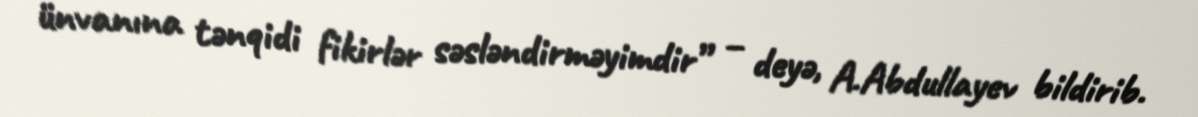
ünvanına tənqidi fikirlər səsləndirməyimdir” – deyə, A.Abdullayev bildirib.